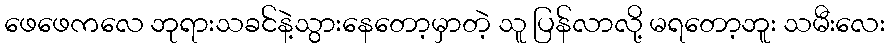
ဖေဖေကလေ ဘုရားသခင်နဲ့သွားနေတော့မှာတဲ့ သူ ပြန်လာလို့ မရတော့ဘူး သမီးလေး